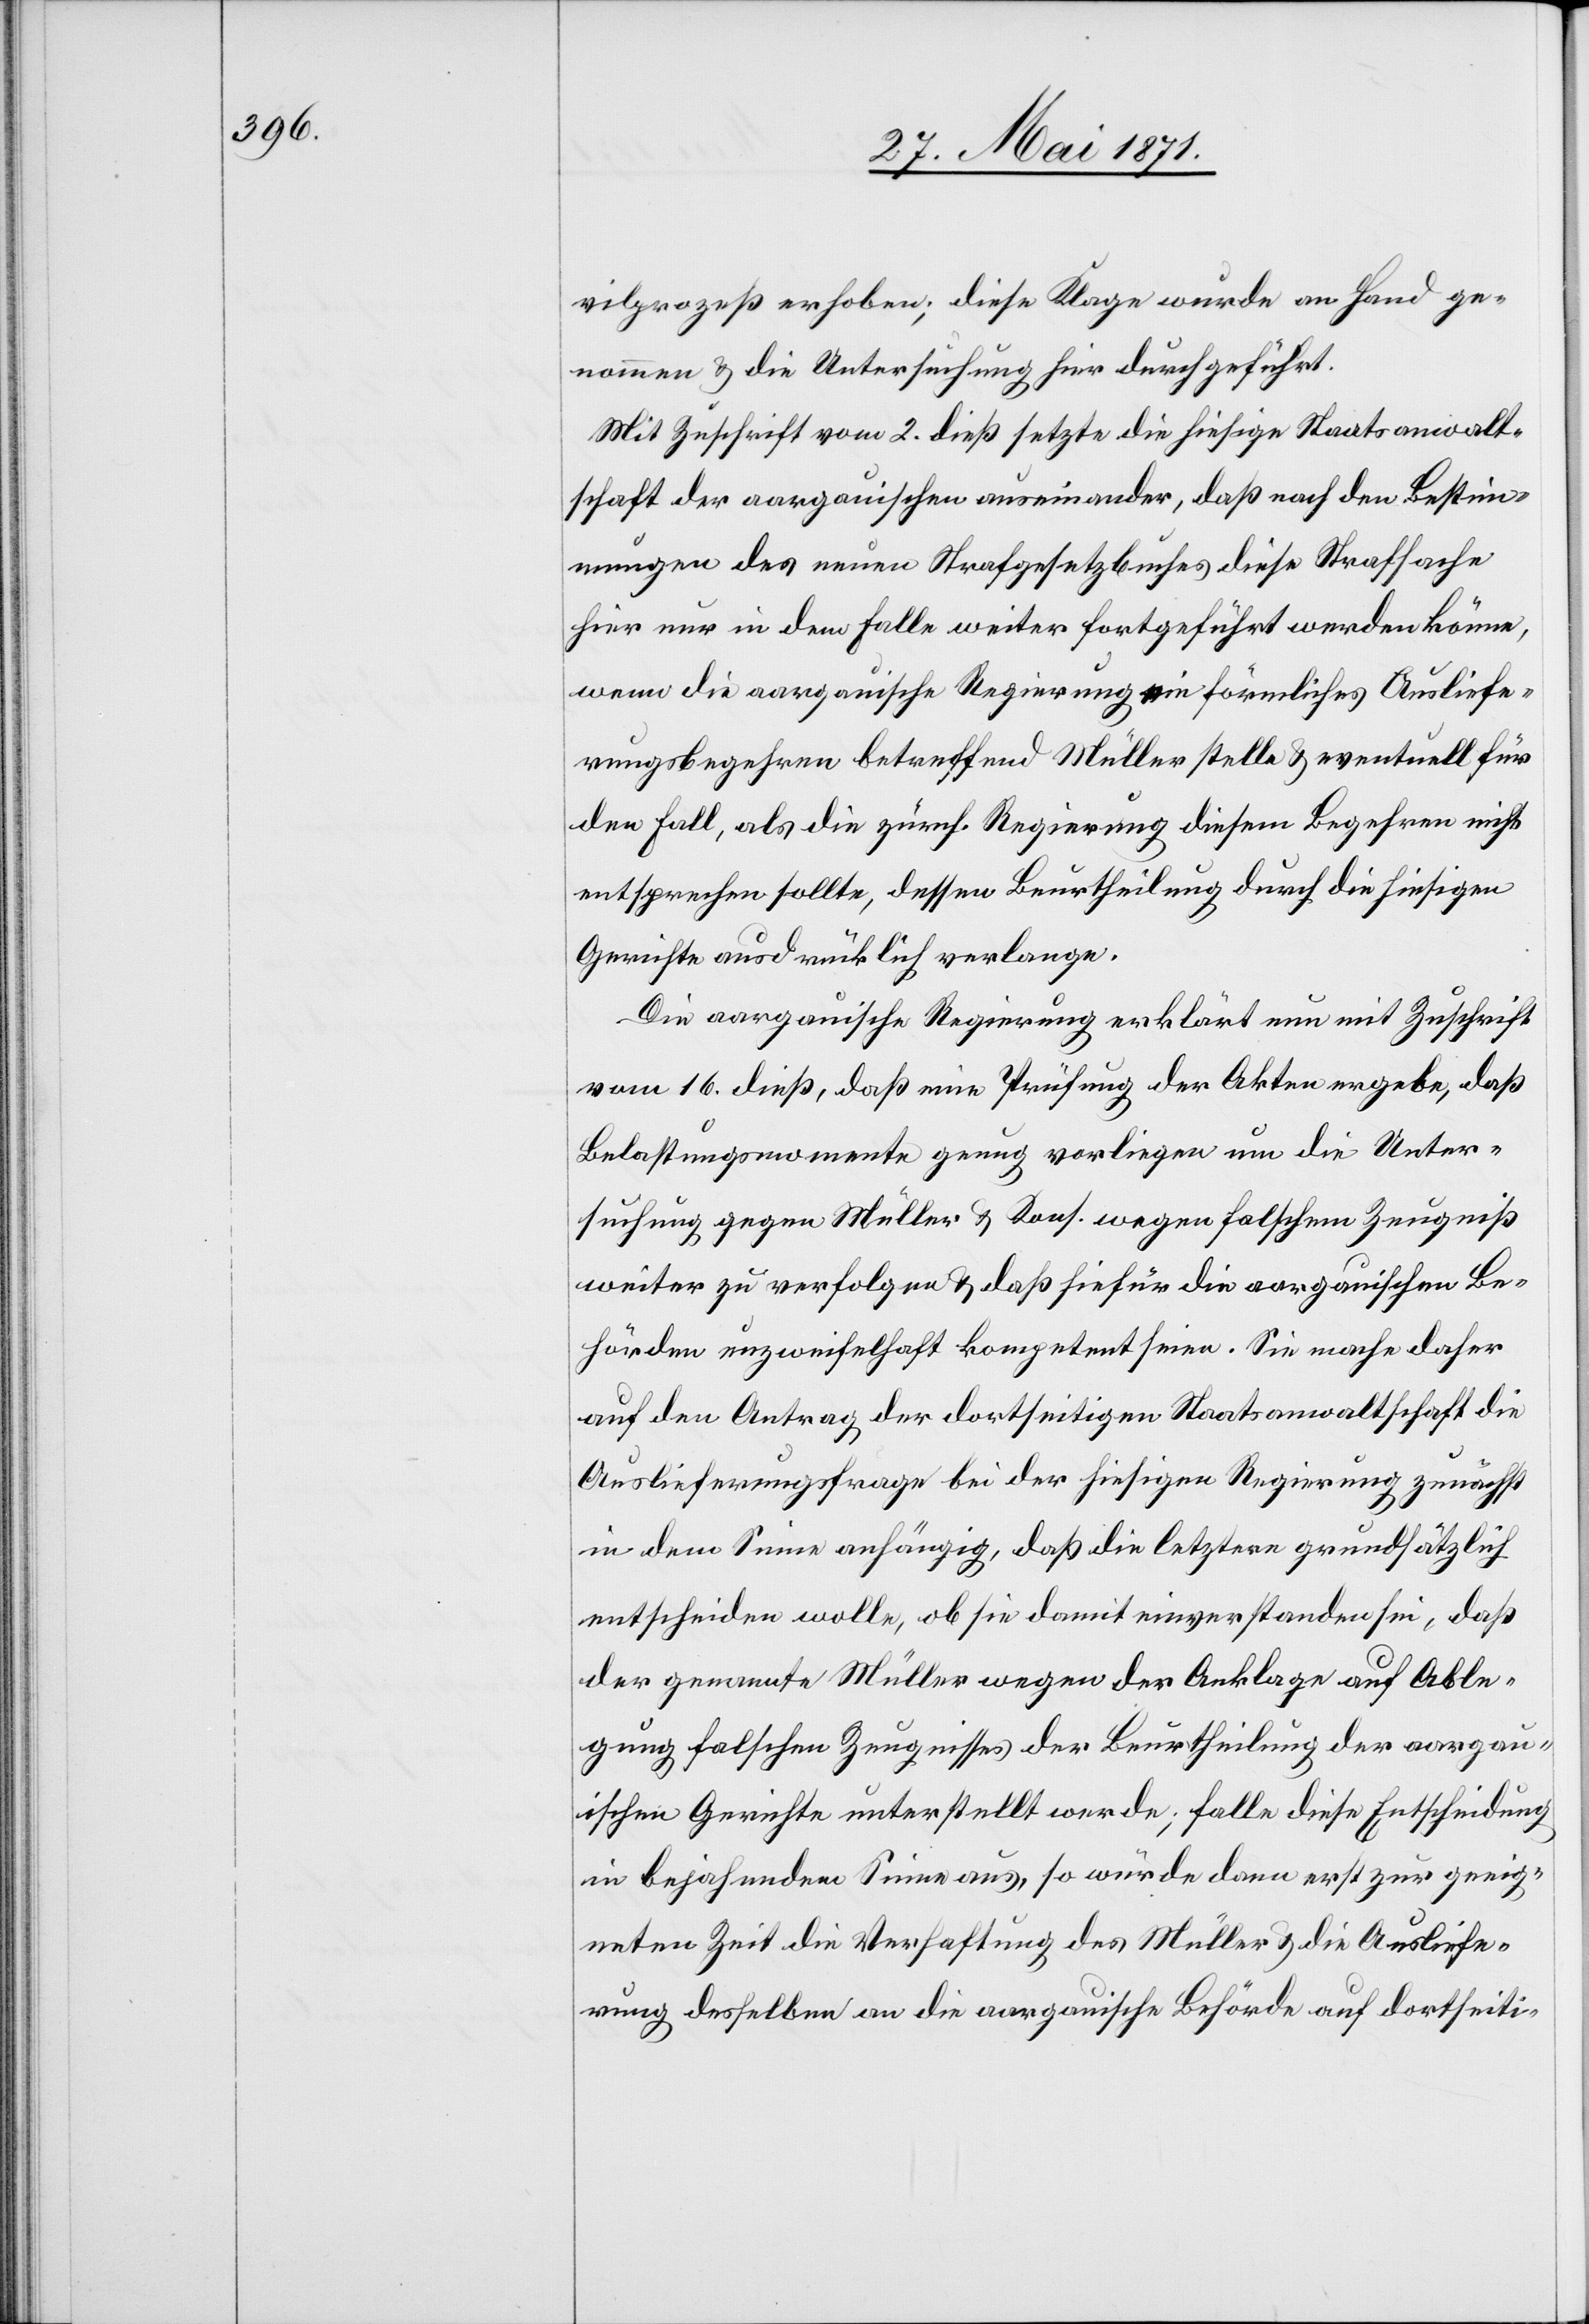
vilprozeß erhoben; diese Klage wurde an Hand ge¬
nommen u. die Untersuchung hier durchgeführt.
Mit Zuschrift vom 2. dieß setzte die hiesige Staatsanwalt¬
schaft der aargauischen auseinander, daß nach den Bestim¬
mungen des neuen Strafgesetzbuches diese Strafsache
hier nur in dem Falle weiter fortgeführt werden könne,
wenn die aargauische Regierung ein förmliches Ausliefe¬
rungsbegehren betreffend Müller stelle u. eventuell für
den Fall, als die zürch. Regierung diesem Begehren nicht
entsprechen sollte, dessen Beurtheilung durch die hiesigen
Gerichte ausdrücklich verlange.
Die aargauische Regierung erklärt nun mit Zuschrift
vom 16. dieß, daß eine Prüfung der Akten ergebe, daß
Belastungsmomente genug vorliegen um die Unter¬
suchung gegen Müller u. Kons. wegen falschem Zeugniß
weiter zu verfolgen u. daß hiefür die aargauischen Be¬
hörden unzweifelhaft kompetent seien. Sie mache daher
auf den Antrag der dortseitigen Staatsanwaltschaft die
Auslieferungsfrage bei der hiesigen Regierung zunächst
in dem Sinne anhängig, daß die letztere grundsätzlich
entscheiden wolle, ob sie damit einverstanden sei, daß
der genannte Müller wegen der Anklage auf Able¬
gung falschen Zeugnisses der Beurtheilung der aargau¬
ischen Gerichte unterstellt werde; falle diese Entscheidung
in bejahendem Sinne aus, so würde dann erst zur geeig¬
neten Zeit die Verhaftung des Müller u. die Ausliefe¬
rung desselben an die aargauische Behörde auf dortseiti-